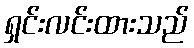
ရှင်းလင်းထားသည်